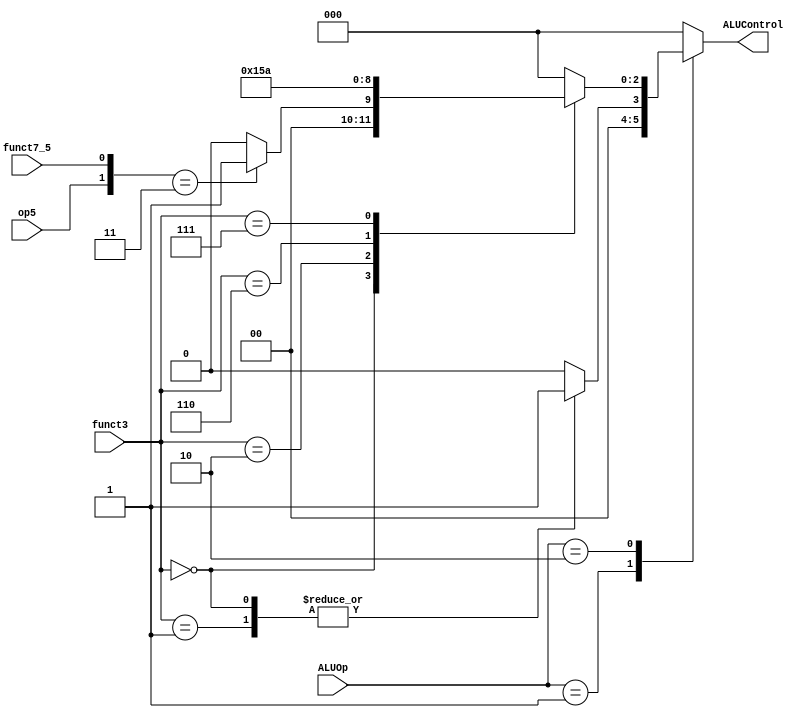
module ALU_Decoder
(
	input wire op5,
	input wire [2:0] funct3,
	input wire funct7_5,
	input wire [1:0] ALUOp,
	output reg [2:0] ALUControl
);

always@(*)
begin

casex (ALUOp)
	2'b00:ALUControl=3'b000;///lw,sw,jalr
	
	2'b01:
	begin
	casex (funct3)
		3'b000: ALUControl = 3'b001;///beq
		3'b001: ALUControl = 3'b001;///bne
		default : ALUControl = 3'b000;
	endcase
	end
	
	2'b10:
	begin
		casex (funct3)
			3'b000:
			begin
				if({op5,funct7_5} == 2'b11)
					ALUControl=3'b001;//sub
				else 
					ALUControl=3'b000;//add,addi
			end
			
			3'b010:ALUControl=3'b101;//slt 
			3'b110:ALUControl=3'b011;//or,ori
			3'b111:ALUControl=3'b010;//and,andi
			default:ALUControl=3'b000;
		endcase
	end
	default:ALUControl=3'b000;
endcase

end

endmodule